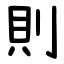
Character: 則